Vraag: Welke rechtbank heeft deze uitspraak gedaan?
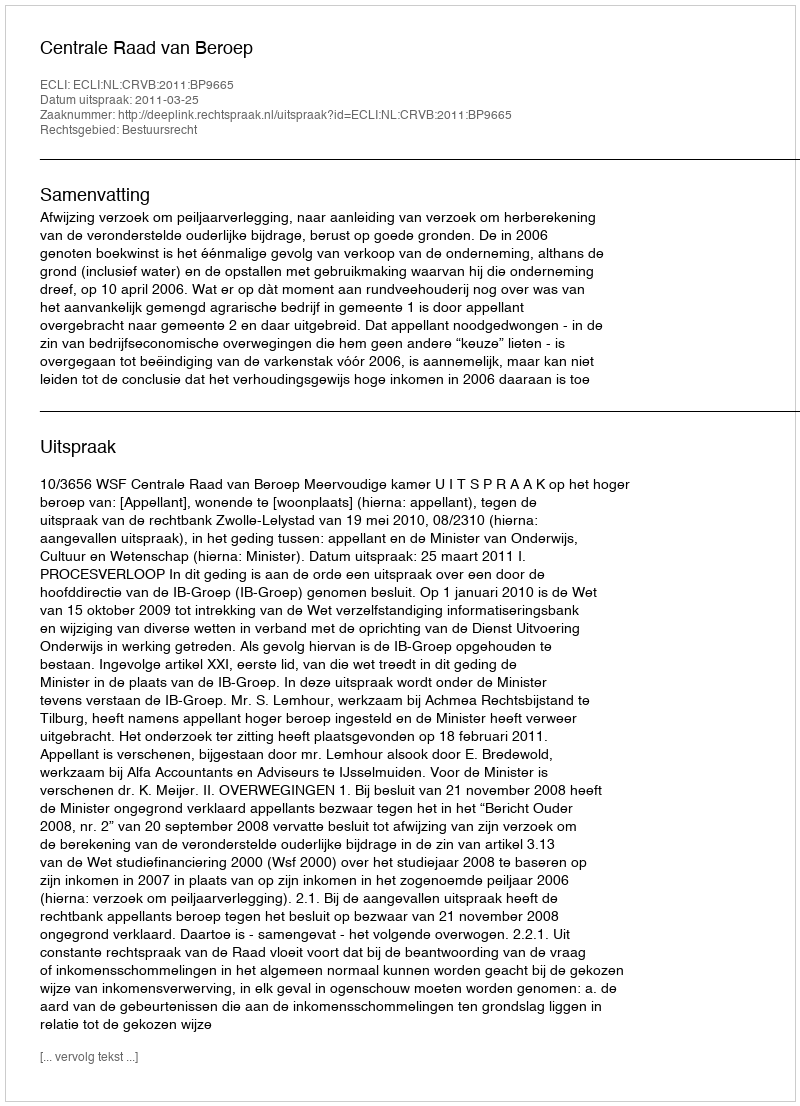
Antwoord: Centrale Raad van Beroep